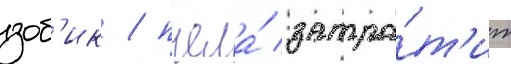
зоб'ик / пчела́ затра́т'ит